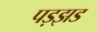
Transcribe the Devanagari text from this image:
पड़झड